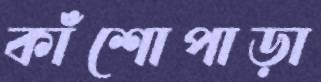
কাঁশোপাড়া